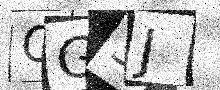
Text: OG3J